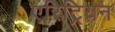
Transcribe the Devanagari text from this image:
एरिट्रियन